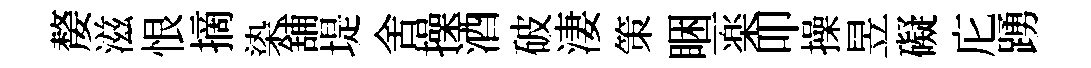
嫠滋恨摘𣑱舖堤舍操酒破淒策睏一楽叩操昱礙庀踴